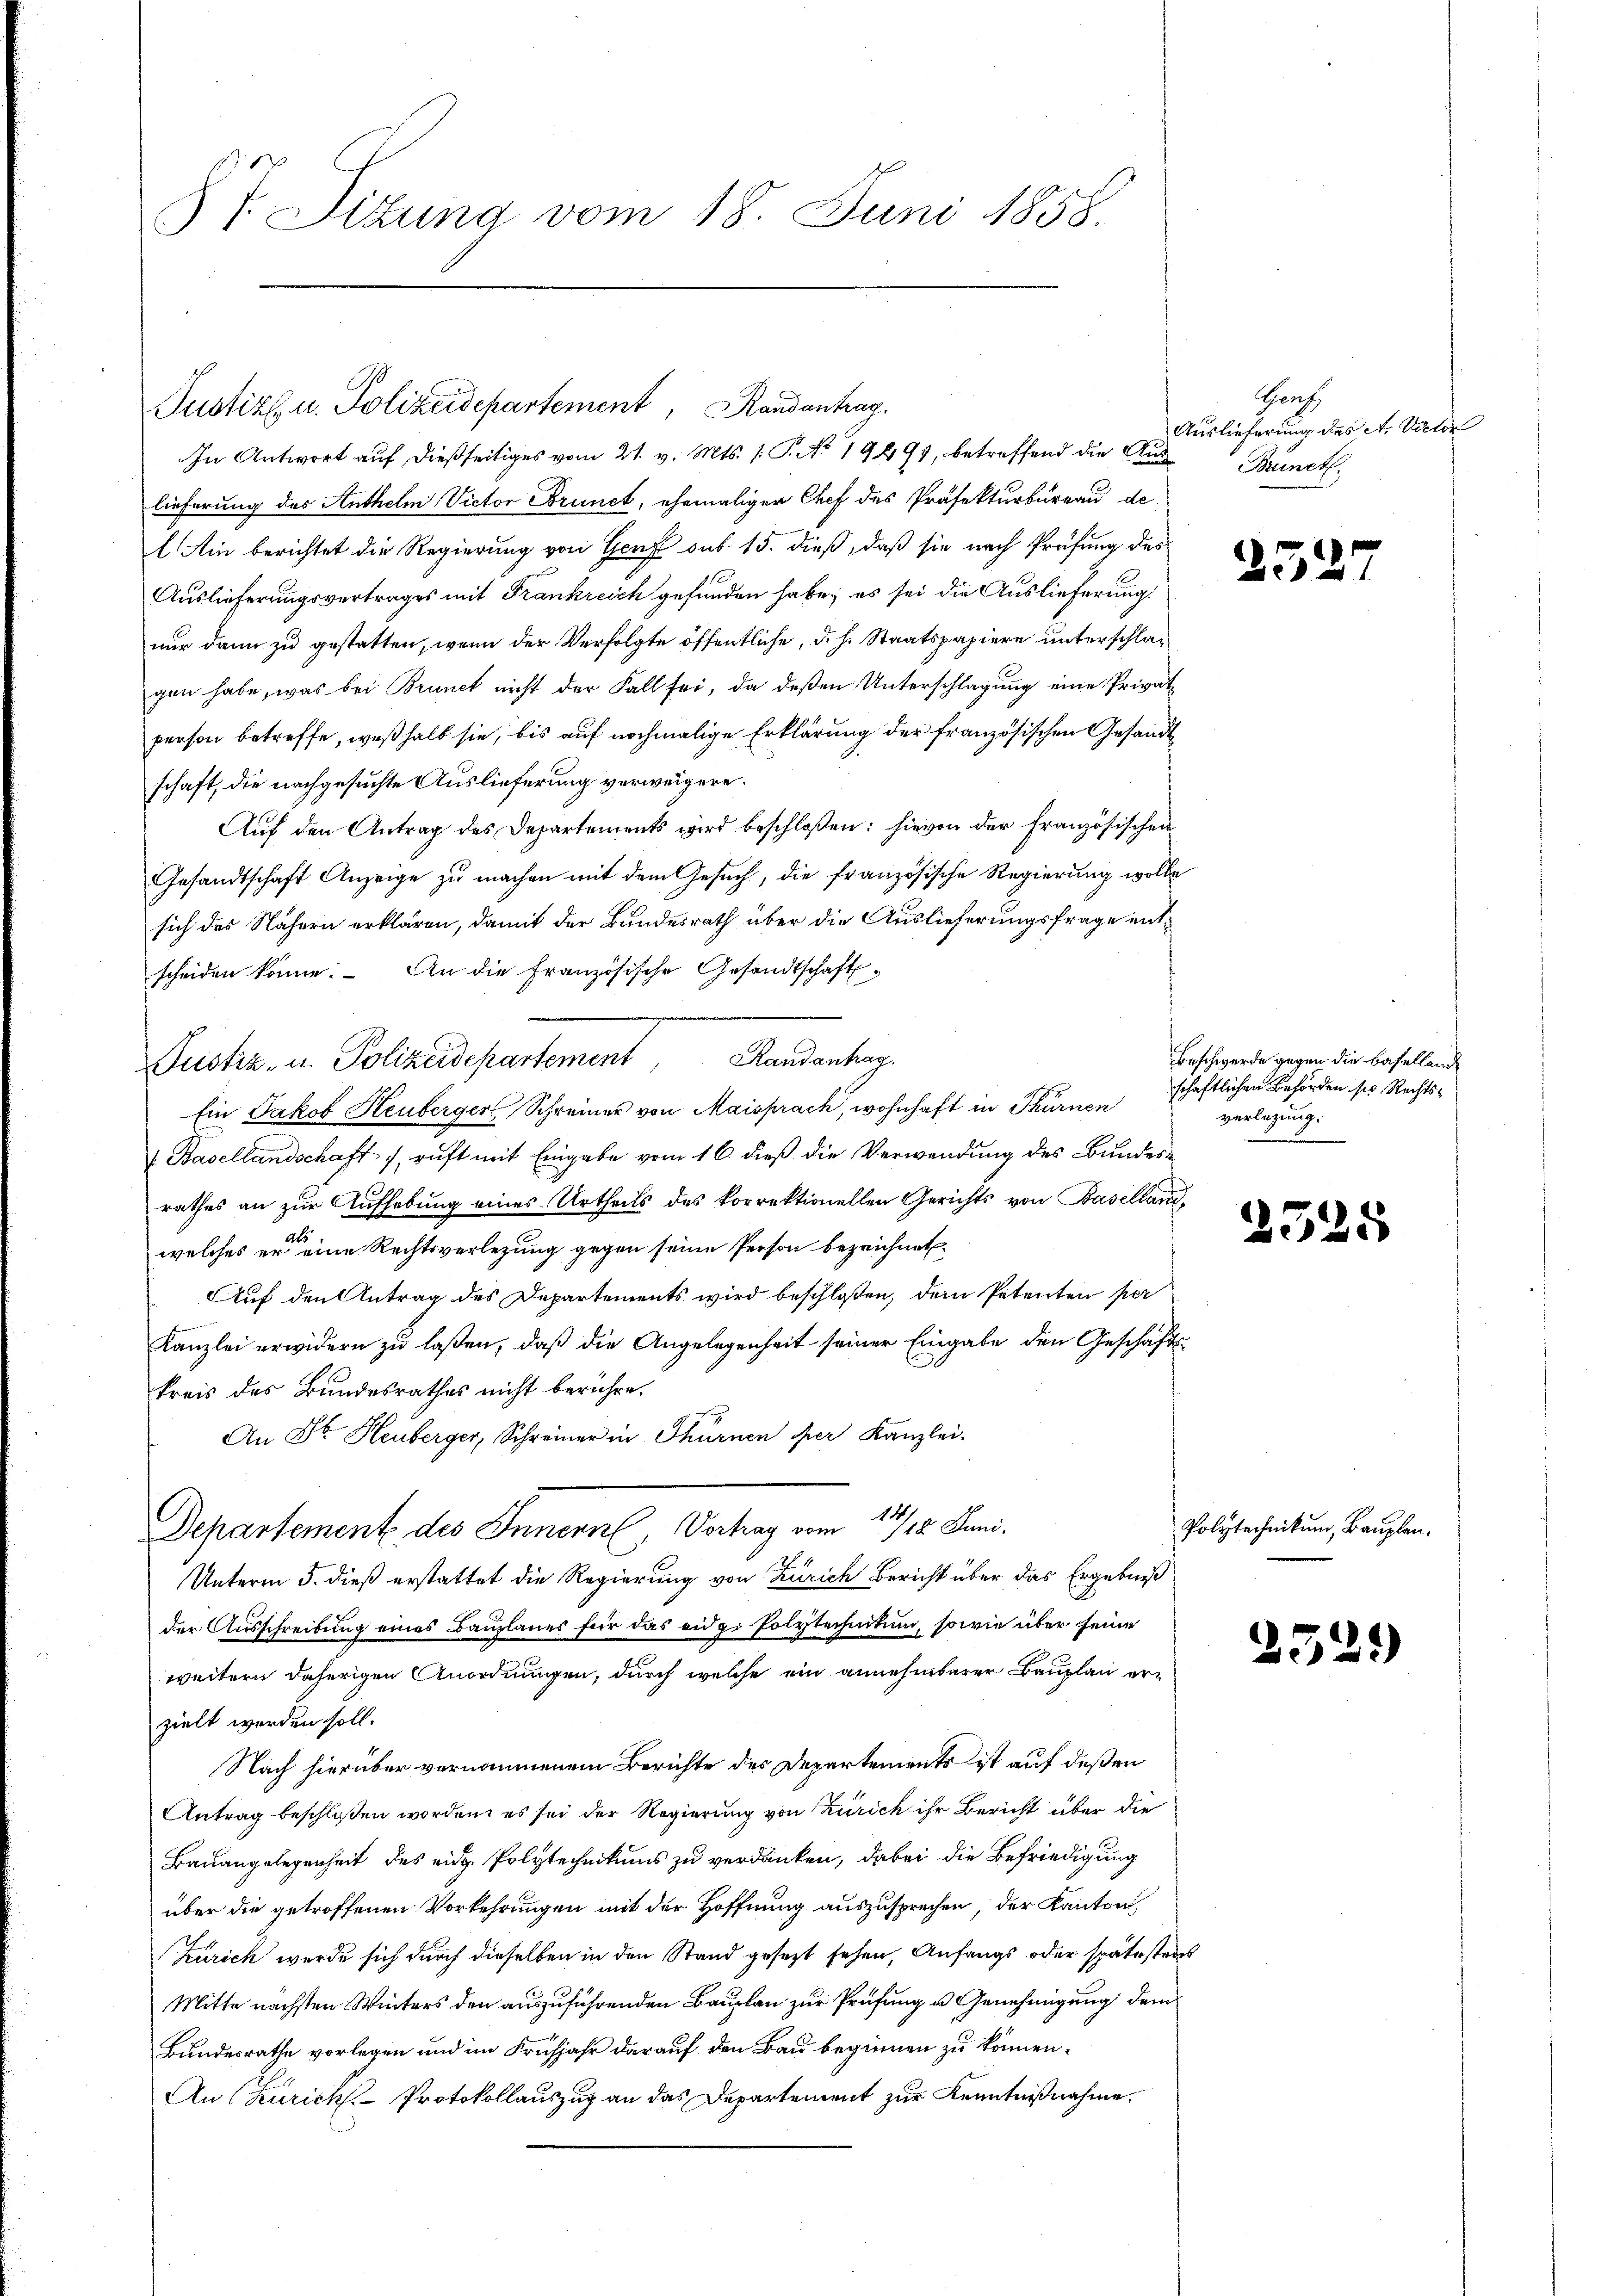
§ 7. Sizung vom 18. Juni 1858.

Pustiz u. Polizeidepartement, Randantrag.
In Antwort aŭf dießseitiges vom 21. v. Mts. 1. P. No. 1949, betreffend die Aŭs- Brunst,

lieferung des Anthelm Victor Brunct, ehemaligen Chef des Präfekturbureau de
Ain berichtet die Regierung von Genf sub 15. dieß, daß sie nach Prüfung des
Auslieferungsvertrages mit Frankreich gefunden habe; es sei die Auslieferung
nur dann zu gestatten, wenn der Verfolgte öffentliche, d. h. Staatspapiere unterschlagen habe, was bei Brunct nicht der Fall sei, da deßen Unterschlagung eine Privatperson betreffe, weßhalb sie, bis auf nochmalige Erklärung der französischen Gesandt
schaft, die nachgesuchte Auslieferung verweigere.
Auf den Antrag des Departements wird beschloßen: hievon der Französischen
Gesandtschaft Anzeige zu machen mit dem Gesuch, die französische Regierung wolle
sich des Nähern erklären, damit der Bundesrath über die Auslieferungsfrage entscheiden könne. An die Französische Gesandtschaft¬
Ein Jakob Heuberger Schreiner von Maisprach, wohnhaft in Thürnen
f Basellandschaft 1, ruft mit Eingabe vom 16. dieß die Verwendung des Bundesrathes an zur Aufhebung eines Urtheils des korrektionellen Gerichts von Baselland,
welches er eine Rechtsverlegung gegen seine Person bezeichnet
Auf den Antrag des Departements wird beschlossen, dem Petenten per
Kanzlei erwidern zu laßen, daß die Angelegenheit seiner Eingabe den Geschäftskreis des Bundesrathes nicht berühre.
An St. Heuberger, Schreiner in Thürnen der Kanzlei.
Departement des Innern, Vortrag vom 17/18. Juni.
Unterm 5. dieß erstattet die Regierung von Zürich Bericht über das Ergebniß
der Ausschreibung eines Bauplanes für das eidg. Polytechnikum, sowie über seine
weitern daherigen Anordnungen, durch welche ein annehmbarer Bauplan erzielt werden soll.
Nach hierüber vernommenem Berichte des Departements ist auf deßen
Antrag beschloßen worden, es sei der Regierung von Zürich ihr Bericht über die
Bauangelegenheit des eid. Polytechnikums zu verdanken, dabei die Befriedigung
über die getroffenen Vorkehrungen mit der Hoffnung auszusprechen, der Kanton,
Zürich wurde sich durch dieselben in den Stand gesezt sehen, Anfangs oder spätestens
Mitte nächsten Winters den auszuführenden Bauplan zur Prüfung u. Genehmigung dem
Bundesrathe vorlegen und im Frühjahr darauf den Bau beginnen zu können.
An (Zürichs-Protokollauszug an das Departement zur Kenntnißnahme.

Suche, u. Polizeidepartement Handanterg

Haus
Auslieferung des A. Vater

252

Beschwerde gegen die Baselland
schaftlichen Behörden so. Rechtsverlegung.
.

2325

Polytechnikum, Bauplan.

2529)